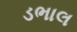
ડભાલ